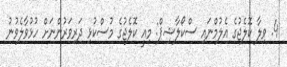
4. ވިލާ ކޮލެޖުގެ އެލުމްނައި ސްކޯލާޝިޕް: މިއީ ކޮލެޖުގެ މުސްކުޅި ދަރިވަރުންނަށް ހުޅުވާލެވުނު